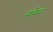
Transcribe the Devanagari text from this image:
संथेचा